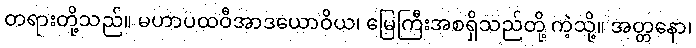
တရားတို့သည်။ မဟာပထဝီအာဒယောဝိယ၊ မြေကြီးအစရှိသည်တို့ ကဲ့သို့။ အတ္တနော၊